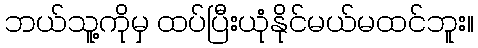
ဘယ်သူ့ကိုမှ ထပ်ပြီးယုံနိုင်မယ်မထင်ဘူး။